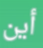
أين